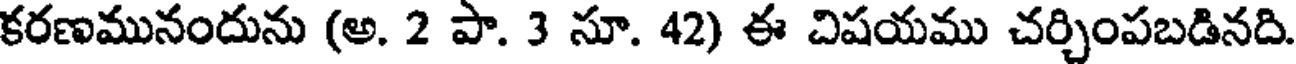
కరణమునందును (అ. 2 పా. 3 సూ. 42) ఈ చిషయము చర్చింపబడినది